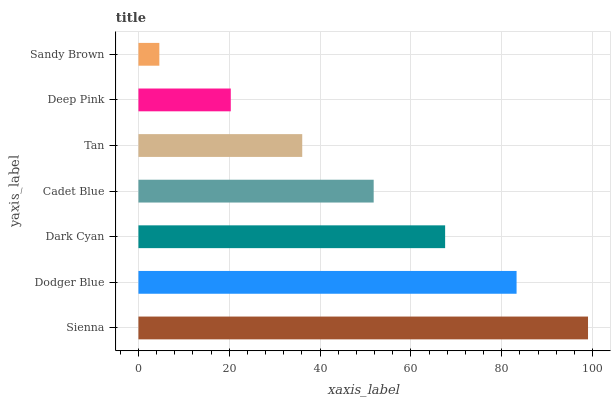
| yaxis_label | bars |
 | --- | --- |
 | Sienna | 99 |
 | Dodger Blue | 83.3 |
 | Dark Cyan | 67.5 |
 | Cadet Blue | 51.8 |
 | Tan | 36.1 |
 | Deep Pink | 20.3 |
 | Sandy Brown | 4.6 |